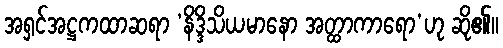
အရှင်အဋ္ဌကထာဆရာ ‘နိဒ္ဒိသိယမာနော အတ္ထာကာရော’ဟု ဆို၏။